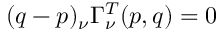
( q - p ) _ { \nu } \Gamma _ { \nu } ^ { T } ( p , q ) = 0